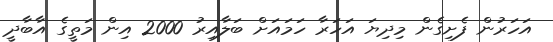
އަހަރުން ފެށިގެން މިދިޔަ އަހަރާ ހަމައަށް ބަލާއިރު 2000 އިން މަތީގެ އާބާދީ